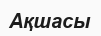
Ақшасы